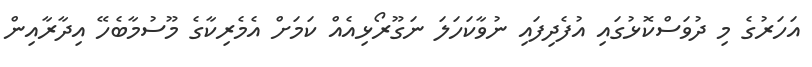
އަހަރުގެ މި ދުވަސްކޮޅުގައި އުފެދިފައި ނުވާކަހަލަ ނަގޫރޯޅިއެއް ކަމަށް އެމެރިކާގެ މޫސުމާބެހޭ އިދާރާއިން